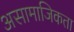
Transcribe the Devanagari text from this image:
असामाजिकता